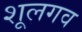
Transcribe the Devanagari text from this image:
शूलगव